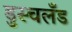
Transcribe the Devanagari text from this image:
डुस्चलँड